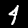
Label: 4